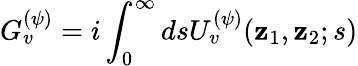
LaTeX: G_{v}^{(\psi)}=i\int_{0}^{\infty}dsU_{v}^{(\psi)}(\mathbf{z}_{1},\mathbf{z}_{2};s)